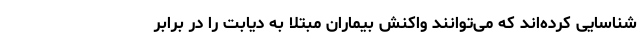
شناسایی کرده‌اند که می‌توانند واکنش بیماران مبتلا به دیابت را در برابر